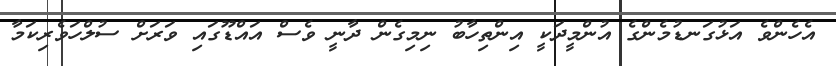
އެހެންވެ އަޅުގަނޑުމެންގެ އުންމީދަކީ އިންތިހާބު ނިމިގެން ދާނީ ވެސް އައްޑޫގައި ވަރަށް ސުލްހަވެރިކަމާ